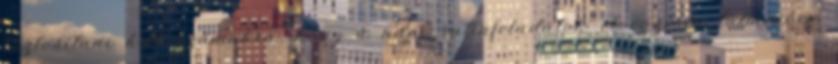
biztosítani kell számukra, hogy a napi rutinfeladatok elvégzésén túlmenően